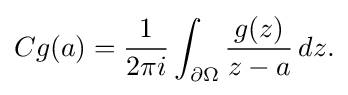
\displaystyle {Cg(a)={1 \over 2\pi i}\int _{\partial \Omega }{g(z) \over z-a}\,dz.}